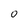
Character: 0